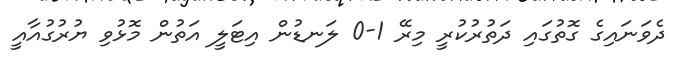
ދެވަނައިގެ ގޮތުގައި ދަތުރުކުރީ މިރޭ 1-0 ލަނޑުން އިޓަލީ އަތުން މޮޅުވި ޔުރުގުއާއީ